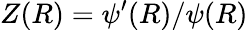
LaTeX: Z(R)=\psi^{\prime}(R)/\psi(R)